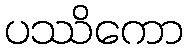
ပဿိကော